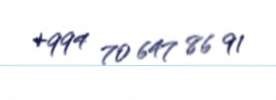
+994 70 647 86 91